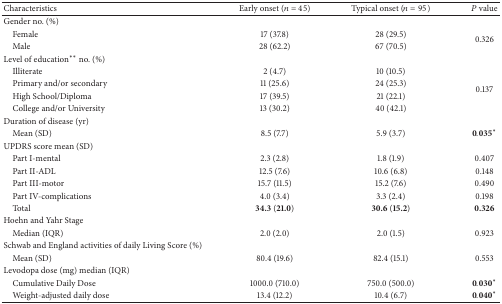
| Characteristics | Early onset (n = 45) | Typical onset (n = 95) | P value |
 | --- | --- | --- | --- |
 | Gender no. (%) |  |  |  |
 | Female | 17 (37.8) | 28 (29.5) | <ROWSPAN=2> 0.326 |
 | Male | 28 (62.2) | 67 (70.5) |
 | Level of education** no. (%) |  |  |  |
 | Illiterate | 2 (4.7) | 10 (10.5) | <ROWSPAN=4> 0.137 |
 | Primary and/or secondary | 11 (25.6) | 24 (25.3) |
 | High School/Diploma | 17 (39.5) | 21 (22.1) |
 | College and/or University | 13 (30.2) | 40 (42.1) |
 | Duration of disease (yr) |  |  |  |
 | Mean (SD) | 8.5 (7.7) | 5.9 (3.7) | 0.035* |
 | UPDRS score mean (SD) |  |  |  |
 | Part I-mental | 2.3 (2.8) | 1.8 (1.9) | 0.407 |
 | Part II-ADL | 12.5 (7.6) | 10.6 (6.8) | 0.148 |
 | Part III-motor | 15.7 (11.5) | 15.2 (7.6) | 0.490 |
 | Part IV-complications | 4.0 (3.4) | 3.3 (2.4) | 0.198 |
 | Total | 34.3 (21.0) | 30.6 (15.2) | 0.326 |
 | Hoehn and Yahr Stage |  |  |  |
 | Median (IQR) | 2.0 (2.0) | 2.0 (1.5) | 0.923 |
 | Schwab and England activities of daily Living Score (%) |  |  |  |
 | Mean (SD) | 80.4 (19.6) | 82.4 (15.1) | 0.553 |
 | Levodopa dose (mg) median (IQR) |  |  |  |
 | Cumulative Daily Dose | 1000.0 (710.0) | 750.0 (500.0) | 0.030* |
 | Weight-adjusted daily dose | 13.4 (12.2) | 10.4 (6.7) | 0.040* |